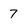
Character: 7